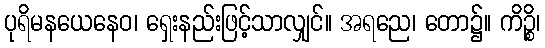
ပုရိမနယေနေဝ၊ ရှေးနည်းဖြင့်သာလျှင်။ အရညေ၊ တော၌။ ကိဉ္စိ၊